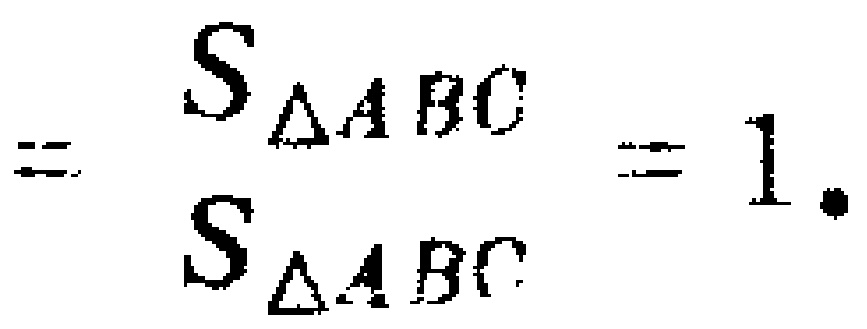
$= \frac{S_{\triangle ABC}}{S_{\triangle ABC}} = 1.$